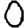
Digit: 0